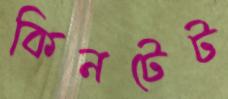
কিনটেট